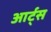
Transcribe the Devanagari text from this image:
आर्ट्स